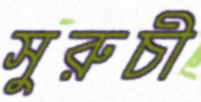
সুরুচী